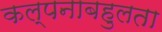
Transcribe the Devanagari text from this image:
कल्पनाबहुलता